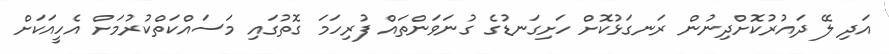
އަދި ލޭ ދައުރުކޮށްދިނުން ރަނގަޅުކޮށް ހަށިގަނޑުގެ ގުނަވަންތައް ފުރިހަމަ ގޮތުގައި މަސައްކަތްކުރުމަށް އެހީއަކަށް